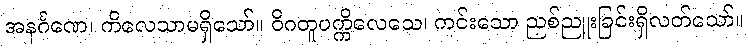
အနင်္ဂဏေ၊ ကိလေသာမရှိသော်။ ဝိဂတူပက္ကိလေသေ၊ ကင်းသော ညစ်ညူးခြင်းရှိလတ်သော်။